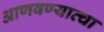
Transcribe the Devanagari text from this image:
आणवण्याव्चा